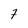
Character: 7